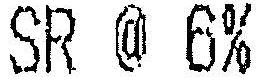
SR @ 6%